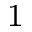
_ { 1 }